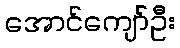
အောင်ကျော်ဦး